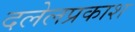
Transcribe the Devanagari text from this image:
दलेलप्रकाश